Report of the Imperial Institute of Veterinary Research, Muktesar
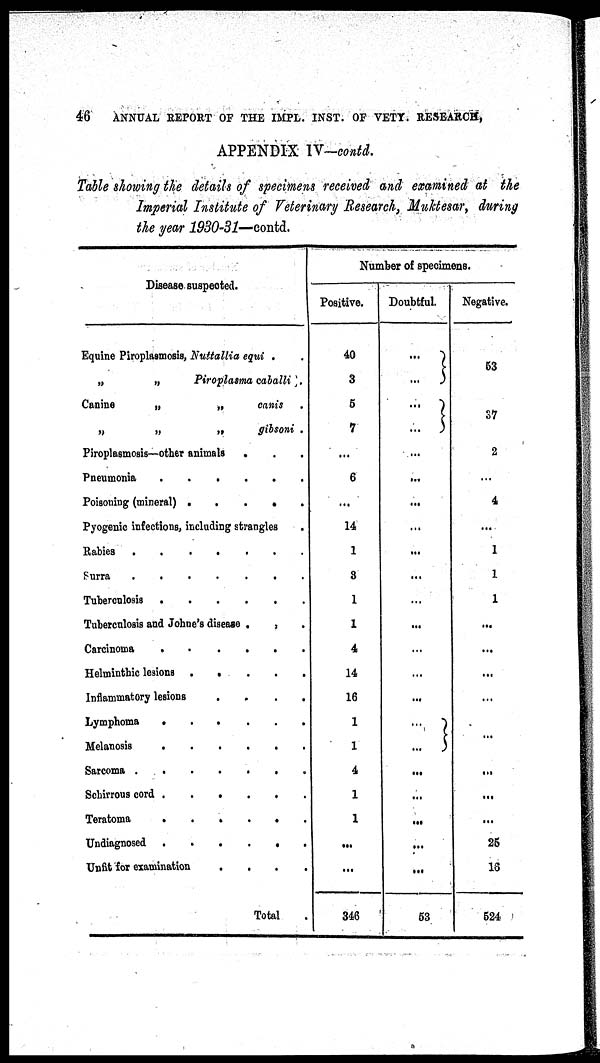
46
ANNUAL REPORT OF THE IMPL. INST. OF VETY. RESEARCH,
APPENDIX IV-contd.
Table showing the details of specimens received and examined at the
Imperial Institute of Veterinary Research, Muktesar, during
the year 1930-31—contd.
Disease suspected.
Equine Piroplasmosis, Nuttallia equi .
„
„
Piroplasma caballi .
Canine
„
„
canis
„
„
„
gibsoni .
Piroplasmosis—other animals
.
Pneumonia
Poisoning (mineral)
Pyogenic infections, including strangles
.
Rabies
.......
Surra
.......
Tuberculosis
Tuberculosis and Johne's disease .
.
Carcinoma
Helminthic lesions
Inflammatory lesions
.
Lymphoma
.
.
.
.
Melanosis
Sarcoma
.......
Schirrous cord
Teratoma
Undiagnosed
Unfit for examination
.
,
,
Total
Number of specimens.
Positive.
40
3
5
7
...
6
...
14
1
3
1
1
4
14
16
1
1
4
1
1
...
...
346
Doubtful.
... }
...
... }
... ...
...
...
...
...
...
...
...
...
...
...
... }
...
...
...
...
...
...
53
Negative.
53
37
2
...
4
...
1
1
1
...
...
...
...
...
...
...
...
...
25
16
524